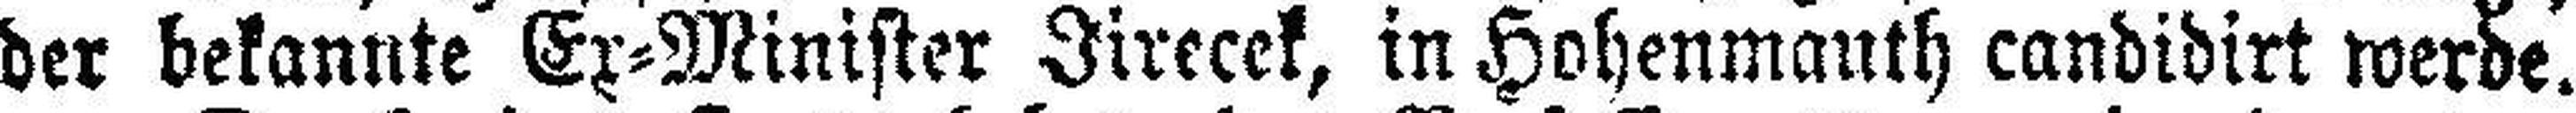
der bekannte Ex=Minister Jirecek, in Hohenmauth candidirt werde.